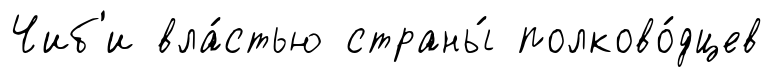
Чиб'и вла́стью страны́ полково́дцев